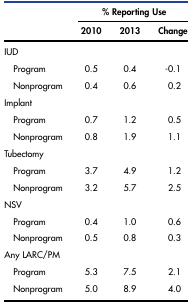
<table><thead><tr><td></td><td colspan="3"><b>% Reporting Use</b></td></tr><tr><td></td><td><b>2010</b></td><td><b>2013</b></td><td><b>Change</b></td></tr></thead><tbody><tr><td>IUD</td><td></td><td></td><td></td></tr><tr><td> Program</td><td>0.5</td><td>0.4</td><td>-0.1</td></tr><tr><td> Nonprogram</td><td>0.4</td><td>0.6</td><td>0.2</td></tr><tr><td>Implant</td><td></td><td></td><td></td></tr><tr><td> Program</td><td>0.7</td><td>1.2</td><td>0.5</td></tr><tr><td> Nonprogram</td><td>0.8</td><td>1.9</td><td>1.1</td></tr><tr><td>Tubectomy</td><td></td><td></td><td></td></tr><tr><td> Program</td><td>3.7</td><td>4.9</td><td>1.2</td></tr><tr><td> Nonprogram</td><td>3.2</td><td>5.7</td><td>2.5</td></tr><tr><td>NSV</td><td></td><td></td><td></td></tr><tr><td> Program</td><td>0.4</td><td>1.0</td><td>0.6</td></tr><tr><td> Nonprogram</td><td>0.5</td><td>0.8</td><td>0.3</td></tr><tr><td>Any LARC/PM</td><td></td><td></td><td></td></tr><tr><td> Program</td><td>5.3</td><td>7.5</td><td>2.1</td></tr><tr><td> Nonprogram</td><td>5.0</td><td>8.9</td><td>4.0</td></tr></tbody></table>